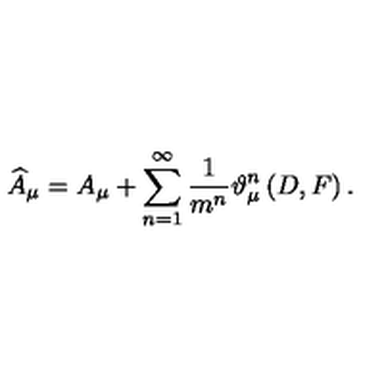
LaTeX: \widehat { A } _ { \mu } = A _ { \mu } + \sum _ { n = 1 } ^ { \infty } \frac 1 { m ^ { n } } \vartheta _ { \mu } ^ { n } \left( D , F \right) .